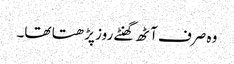
وہ صرف آٹھ گھنٹے روز پڑھتا تھا۔